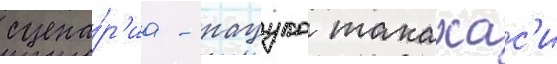
сцена́р'иа - нацуко такахас'и